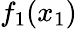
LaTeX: f_{1}(x_{1})